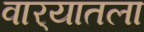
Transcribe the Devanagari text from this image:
वार्‍यातला